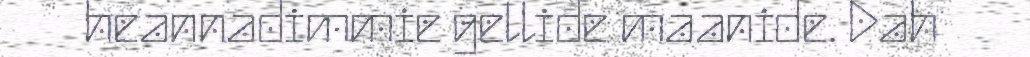
heannadimmie gellide maanide. Dah